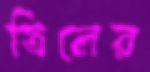
তিলের